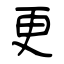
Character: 更